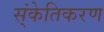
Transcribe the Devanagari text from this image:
स्ंकेतिकरण